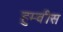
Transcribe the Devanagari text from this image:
हुम्वीस